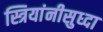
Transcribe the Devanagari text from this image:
स्त्रियांनीसुध्दा